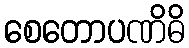
စေတောပဏိဓိ